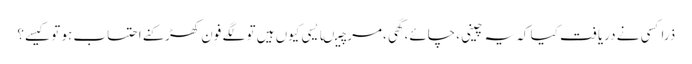
ذراکسی نے دریافت کیا کہ یہ چینی ،چائے،گھی ،مرچیںایسی کیوں ہیں تو لگے فون کھڑکنے احتساب ہو تو کیسے؟